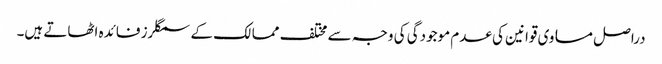
دراصل مساوی قوانین کی عدم موجودگی کی وجہ سے مختلف ممالک کے سمگلرز فائدہ اٹھاتے ہیں۔